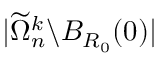
| \widetilde \Omega _ { n } ^ { k } \backslash B _ { R _ { 0 } } ( 0 ) |